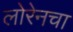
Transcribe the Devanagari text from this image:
लोरेनचा